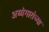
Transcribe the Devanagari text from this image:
अय्यंगारांच्या